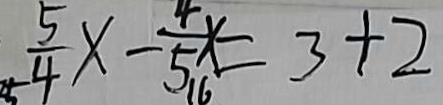
\frac { 5 } { 4 } x - \frac { 4 } { 5 _ { 1 6 } } x = 3 + 2